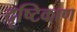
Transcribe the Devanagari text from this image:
दृष्टिकाण